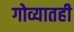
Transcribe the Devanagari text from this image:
गोव्यातही